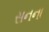
સનના